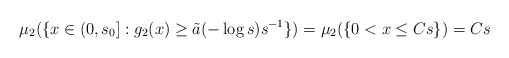
\begin{align*}\mu_2(\{x\in(0,s_0]:g_2(x)\geq \tilde a(-\log s)s^{-1}\})=\mu_2(\{0<x\leq Cs\})=Cs\end{align*}